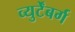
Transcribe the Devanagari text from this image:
व्युर्टेंबर्ग